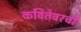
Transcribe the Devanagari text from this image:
कवितेवरची